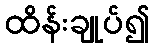
ထိန်းချုပ်၍